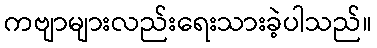
ကဗျာများလည်းရေးသားခဲ့ပါသည်။